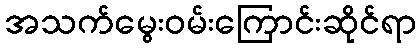
အသက်မွေးဝမ်းကြောင်းဆိုင်ရာ